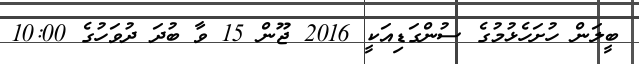
ބީލަން ހުށަހެޅުމުގެ ސުންގަޑިއަކީ 2016 ޖޫން 15 ވާ ބުދަ ދުވަހުގެ 10:00